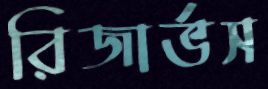
রিজার্ভস